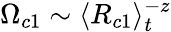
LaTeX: \Omega_{c1}\sim\langle R_{c1}\rangle_{t}^{-z}